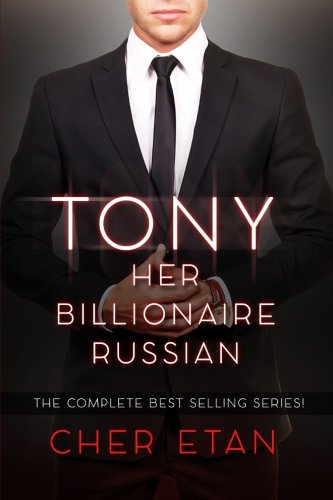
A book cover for Tony, Her Billionaire Russian: A BWWM BBW 5 Stories In 1 Bundle; Cher Etan; Romance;